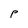
Character: P